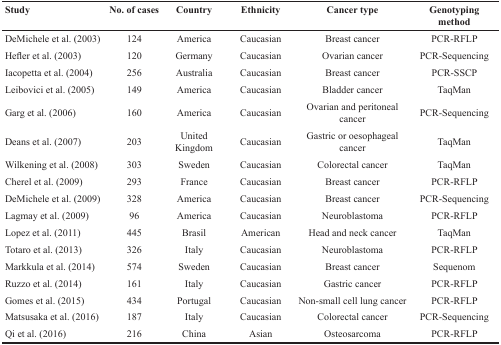
<table><thead><tr><td><b>Study</b></td><td><b>No. of cases</b></td><td><b>Country</b></td><td><b>Ethnicity</b></td><td><b>Cancer type</b></td><td><b>Genotyping method</b></td></tr></thead><tbody><tr><td>DeMichele et al. (2003)</td><td>124</td><td>America</td><td>Caucasian</td><td>Breast cancer</td><td>PCR-RFLP</td></tr><tr><td>Hefler et al. (2003)</td><td>120</td><td>Germany</td><td>Caucasian</td><td>Ovarian cancer</td><td>PCR-Sequencing</td></tr><tr><td>Iacopetta et al. (2004)</td><td>256</td><td>Australia</td><td>Caucasian</td><td>Breast cancer</td><td>PCR-SSCP</td></tr><tr><td>Leibovici et al. (2005)</td><td>149</td><td>America</td><td>Caucasian</td><td>Bladder cancer</td><td>TaqMan</td></tr><tr><td>Garg et al. (2006)</td><td>160</td><td>America</td><td>Caucasian</td><td>Ovarian and peritoneal cancer</td><td>PCR-Sequencing</td></tr><tr><td>Deans et al. (2007)</td><td>203</td><td>United Kingdom</td><td>Caucasian</td><td>Gastric or oesophageal cancer</td><td>TaqMan</td></tr><tr><td>Wilkening et al. (2008)</td><td>303</td><td>Sweden</td><td>Caucasian</td><td>Colorectal cancer</td><td>TaqMan</td></tr><tr><td>Cherel et al. (2009)</td><td>293</td><td>France</td><td>Caucasian</td><td>Breast cancer</td><td>PCR-RFLP</td></tr><tr><td>DeMichele et al. (2009)</td><td>328</td><td>America</td><td>Caucasian</td><td>Breast cancer</td><td>PCR-Sequencing</td></tr><tr><td>Lagmay et al. (2009)</td><td>96</td><td>America</td><td>Caucasian</td><td>Neuroblastoma</td><td>PCR-RFLP</td></tr><tr><td>Lopez et al. (2011)</td><td>445</td><td>Brasil</td><td>American</td><td>Head and neck cancer</td><td>TaqMan</td></tr><tr><td>Totaro et al. (2013)</td><td>326</td><td>Italy</td><td>Caucasian</td><td>Neuroblastoma</td><td>PCR-RFLP</td></tr><tr><td>Markkula et al. (2014)</td><td>574</td><td>Sweden</td><td>Caucasian</td><td>Breast cancer</td><td>Sequenom</td></tr><tr><td>Ruzzo et al. (2014)</td><td>161</td><td>Italy</td><td>Caucasian</td><td>Gastric cancer</td><td>PCR-RFLP</td></tr><tr><td>Gomes et al. (2015)</td><td>434</td><td>Portugal</td><td>Caucasian</td><td>Non-small cell lung cancer</td><td>PCR-RFLP</td></tr><tr><td>Matsusaka et al. (2016)</td><td>187</td><td>Italy</td><td>Caucasian</td><td>Colorectal cancer</td><td>PCR-Sequencing</td></tr><tr><td>Qi et al. (2016)</td><td>216</td><td>China</td><td>Asian</td><td>Osteosarcoma</td><td>PCR-RFLP</td></tr></tbody></table>